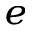
_ e